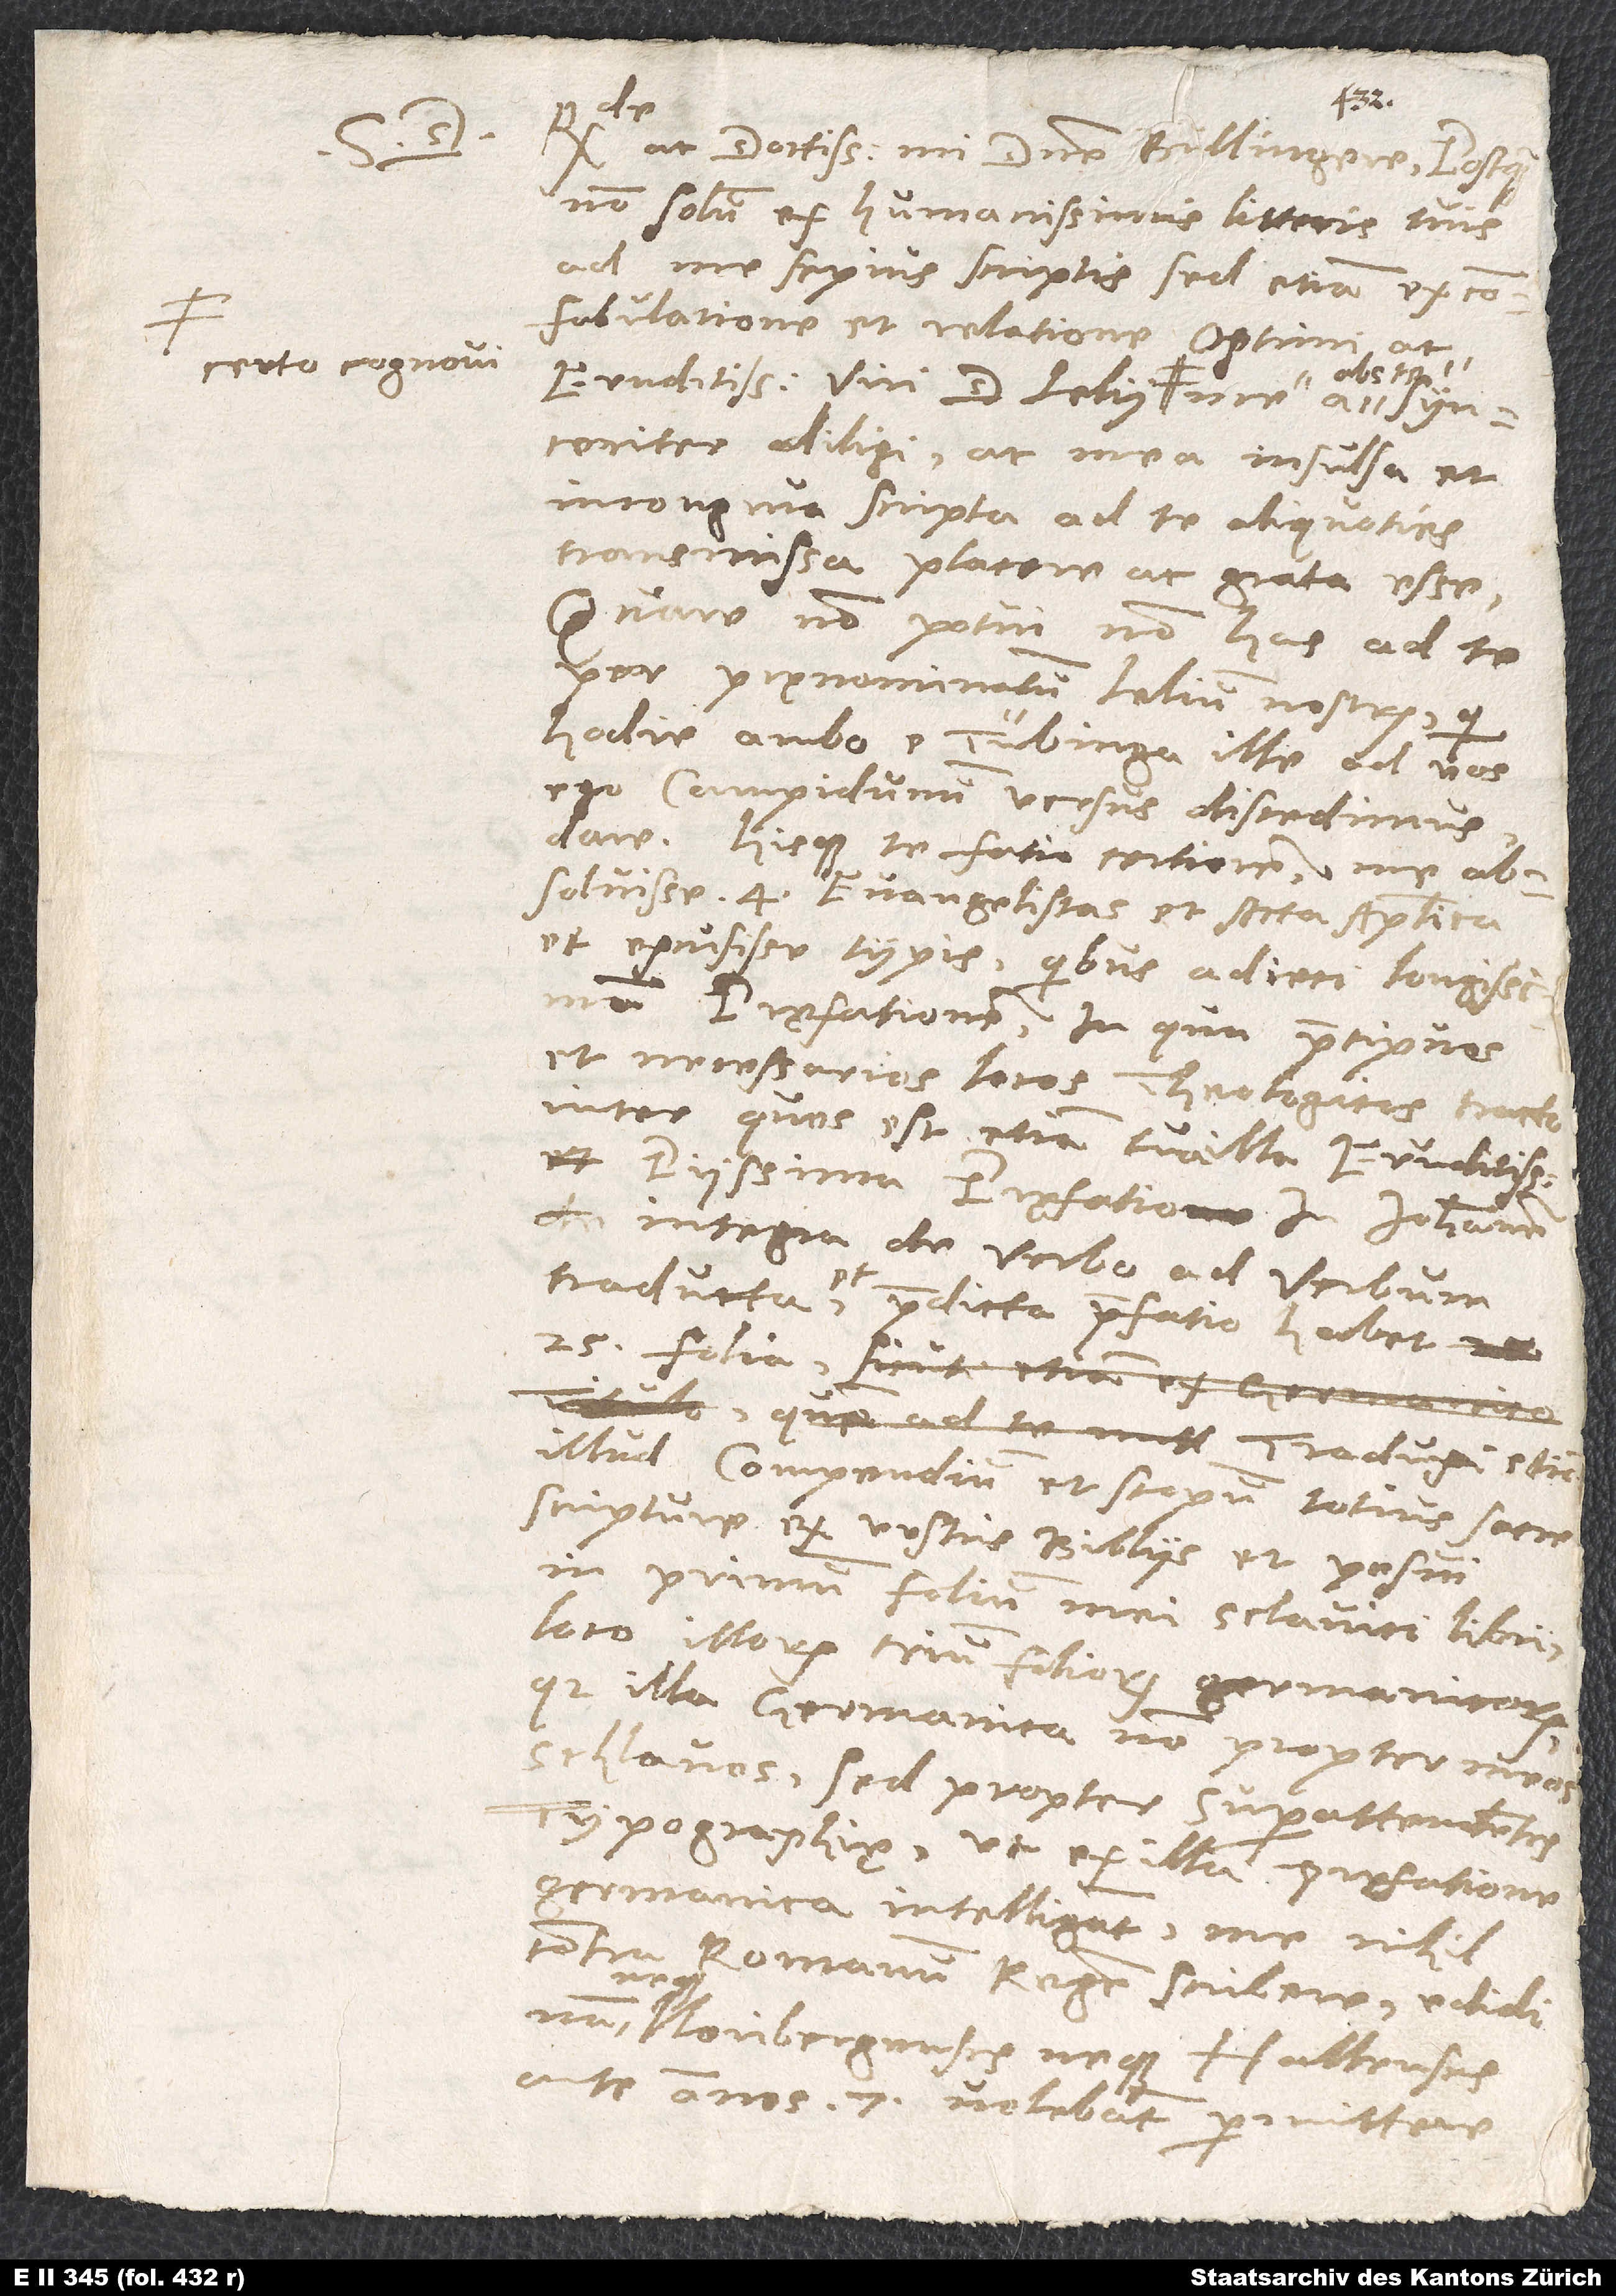
certo cognovi

de
ac doctissime mi domine Bullingere, postquam
non solum ex humanissimis litteris tuis
ad me sepius scriptis, sed etiam
abs
incongrua scripta ad te aliquoties
transmiss placere ac grata esse.
Quare non potui non has ad te
per pręnominatum Lelium nostrum, qui
hodie ambo e Tubinga, ille ad vos,
ego Campidunum versus discedimus
hicque te fatio certiorem me absolvisse
et excusisse typis, quibus adieci longissimam
pręfationem, in qu pręcipuos
et necessarios locos theologicos tracto,
inter quos est etiam tua illa eruditissima
et piissima pręfatio in Iohannem
et integra de verbo ad verbum
25 folia.
illud compendium et scopum totius sacre
scripture ex vestris Bibliis et posui
in primum folium mei Sclavici libri
loco illorum trium foliorum Germanicorum,
quod illa Germanica, non propter meos
Schlavos, sed propter superattendentes
typograhię, ut ex illa prefatione
Germanica intelligant me nihil
contra Romanum regem scribere, edidi;
Noribergenses neque Hallenses
ante annos 7 volebant permittere,